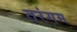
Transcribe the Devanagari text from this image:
तरंगम